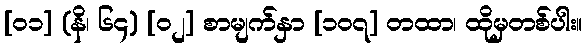
[၀၁] (နိ၊ ၆၄) [၀၂] စာမျက်နှာ [၁၀၇] တထာ၊ ထိုမှတစ်ပါး။